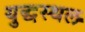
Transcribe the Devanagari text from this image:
युद्धस्‍थल